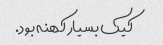
کیک بسیار کهنه بود.